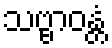
သဗ္ဗာဝန္တံ